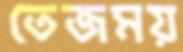
তেজময়